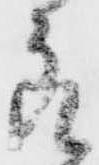
良